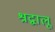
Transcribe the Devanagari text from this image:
श्रद्वालू